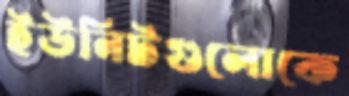
ইউনিটগুলোকে